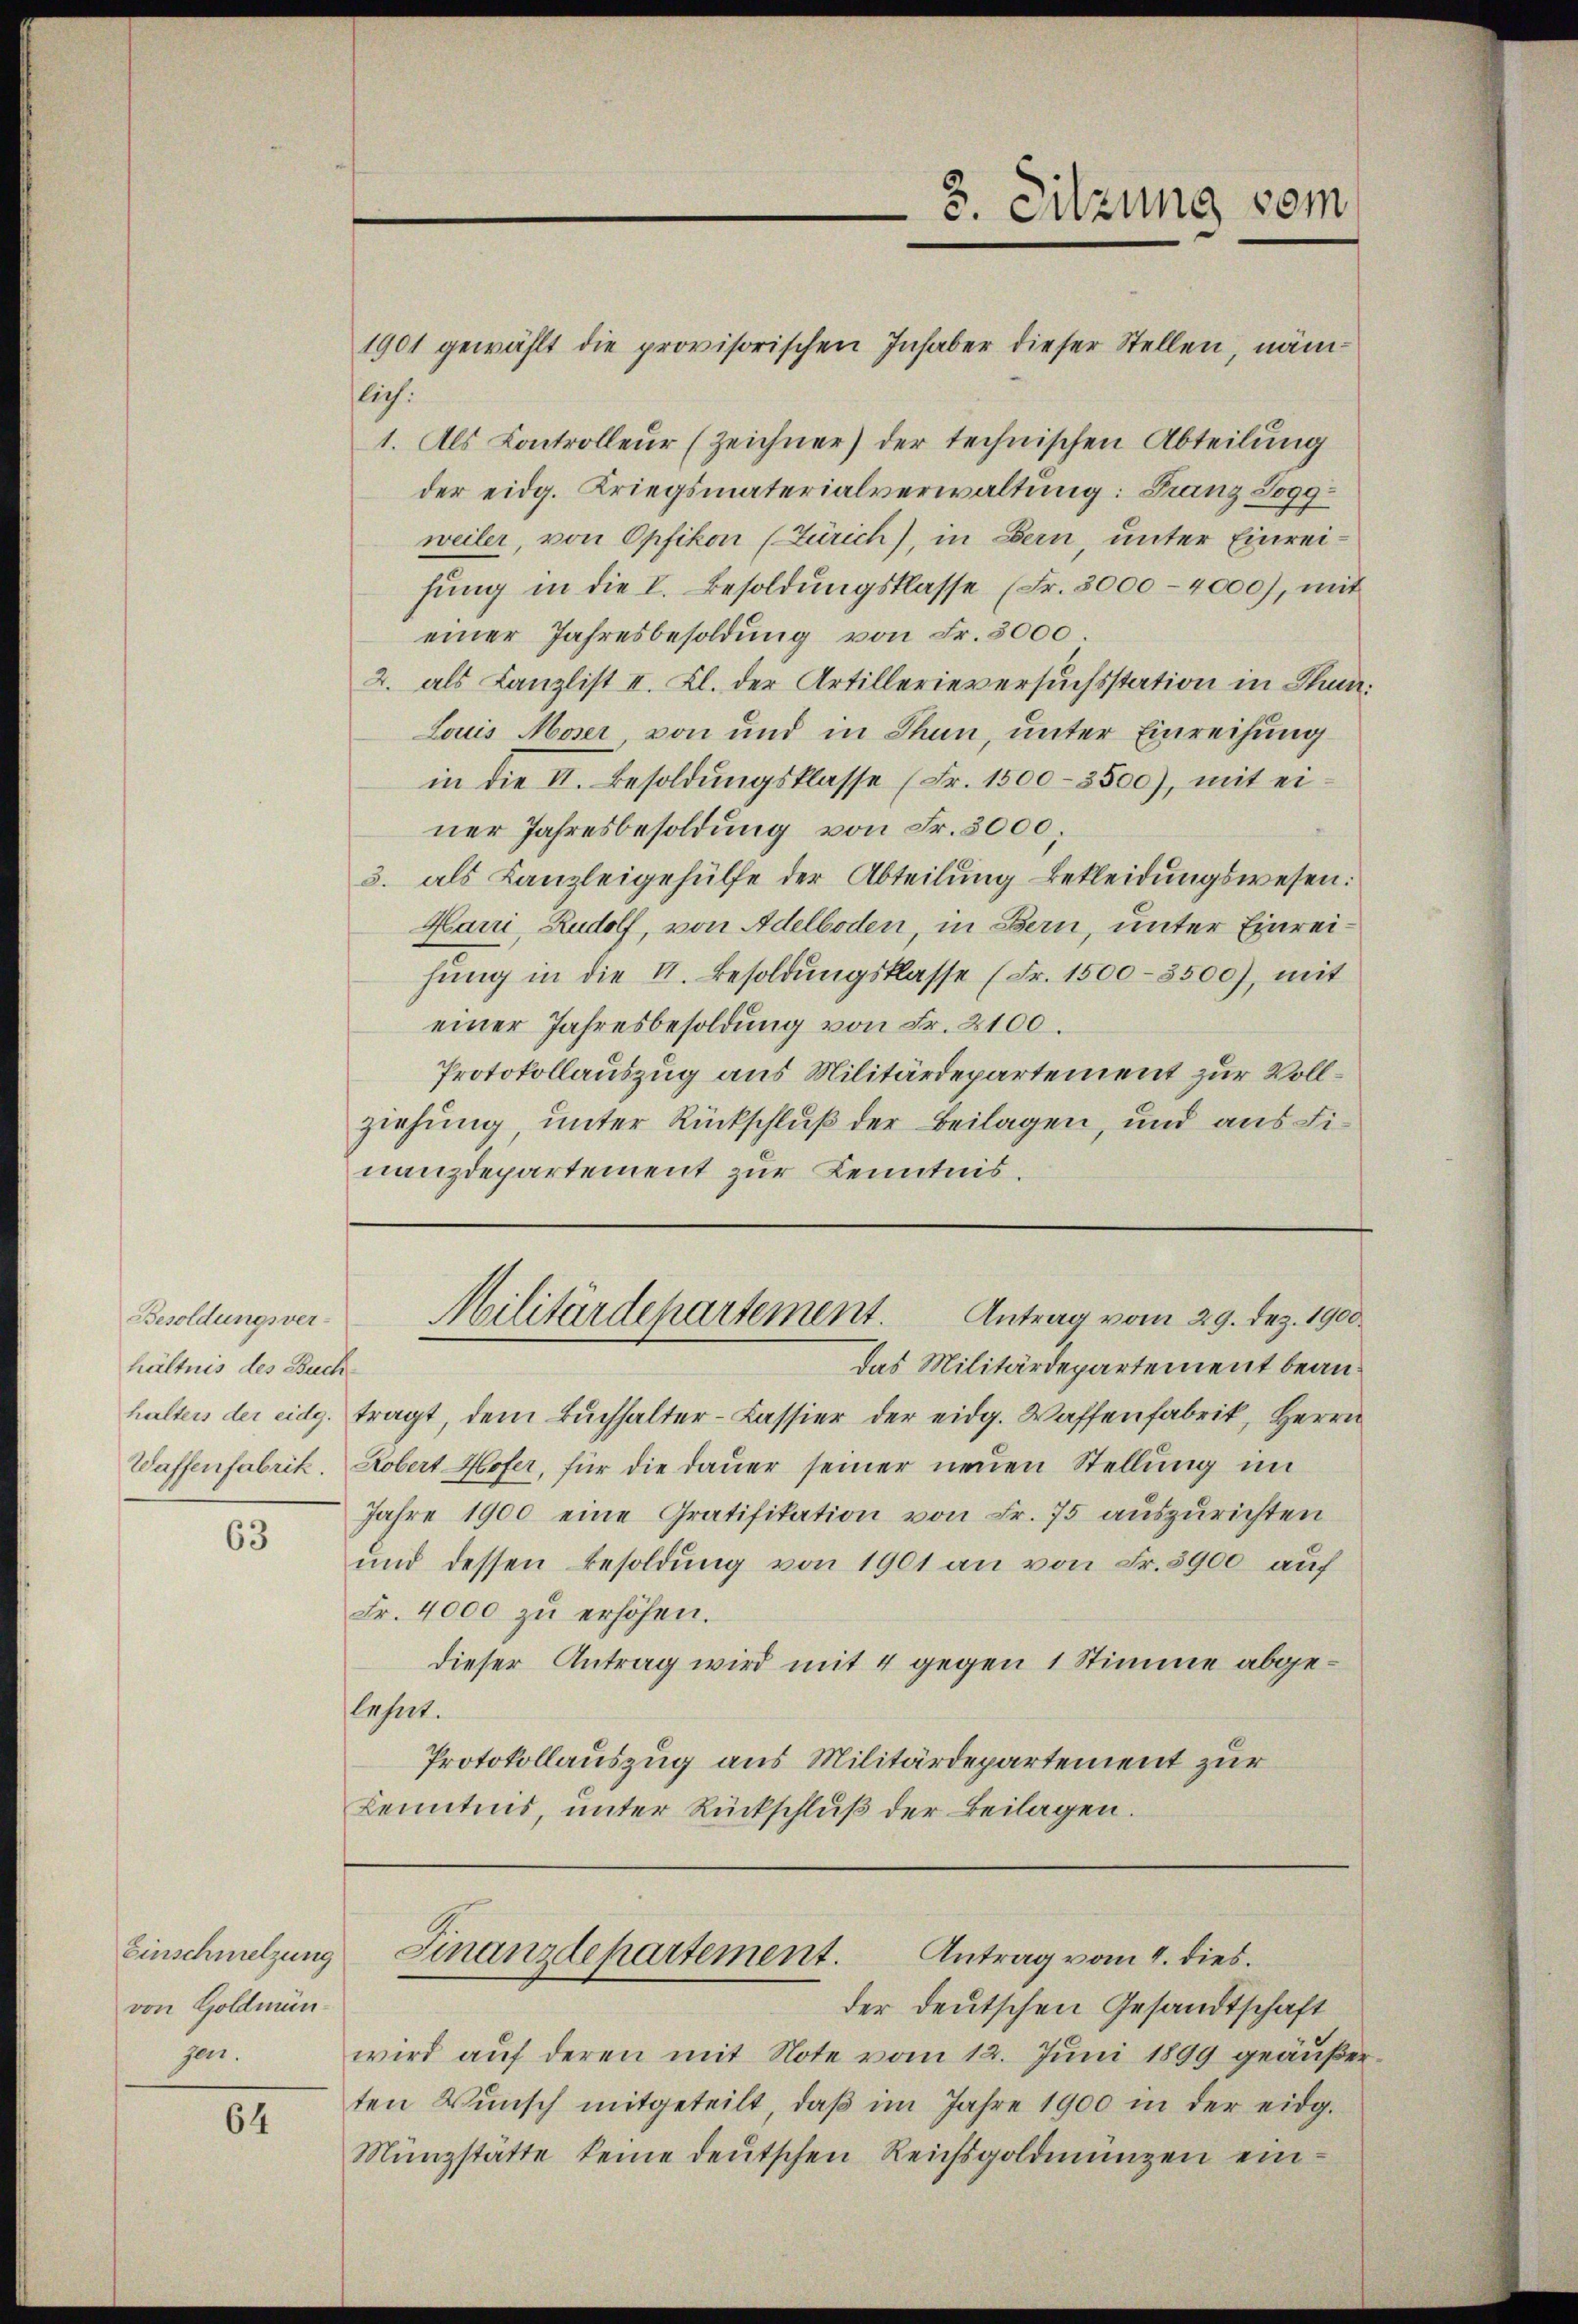
Besoldungsver-
hältnis des Buch

63

Einschmelzung
von Goldmängen.

64

lich.
1. Als Controlleur (Zeichner) der technischen Abteilung

halten der eidg. tragt, dem Buchhalter-Kassier der eidg. Waffenfabrik, Herrn
Waffenfabrik. Robert Hofer, für die dauer seiner neuen Stellung i
Jahre 1900 eine Gratifikation von Fr. 75 auszurichten
und dessen Besoldung von 1901 an von Fr. 3900 auf
Fr. 4000 zŭ erhöhen.
dieser Antrag wird mit 4 gegen 1 Stimme abgelnsert.
Protokollauszug aus Militärdepartement zur
Kenntnis, unter Rückschlŭβ der Beilagen.

1901 gewählt die provisorischen Inhaber dieser Stellen, näm-

3. Sitzung vom

der eidg. Kriegsmaterialverwaltung: Franz Joggweiler, von Opfikon (Zürich), in Bern, unter Einreifŭng in die I. Besoldŭngsklasse (Fr. 3000 - 4000), mit
einer Jahresbesoldung von Fr. 3000
2. als Canzlist II. Kl. der Artillerieversuchsstation in Thun.
Louis Moser, von und in Thun, unter Einreihung
in die II. Besoldungsklasse (Fr. 1500-3500), mit einer Jahresbesoldung von Fr. 3000,
3. als Kanzleigehülfe der Abteilŭng bekleidŭngswesen:
Harri, Rudolf, von Adelboden, in Bern, unter Einreihŭng in die II. Besoldŭngsklasse (Fr. 1500-3500), mit
einer Jahresbesoldung von Fr. 2100.
Protokollauszug aus Militärdepartement zur Vollziehung, unter Rückschluß der Beilagen, und aus Finanzdepartement zur Kenntnis.

Antrag vom 29. Dez. 1900.
Militärdepartement.
das Militärdepartement bean¬

der deutschen Gesandtschaft
wird aŭf deren mit Note vom 12. Juni 1899 geäußerten Wŭnsch mitgeteilt, daβ im Jahre 1900 in der eidg.
Münzstätte keine deutschen Reichsgoldmünzen ein¬

Finanzdepartement. Antrag vom 4. dies